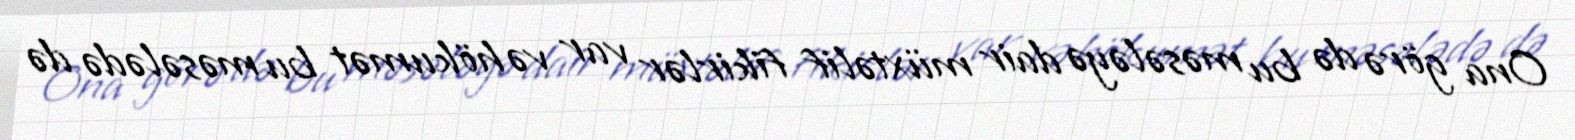
Ona görə də bu məsələyə dair müxtəlif fikirlər var və hökumət bu məsələdə də